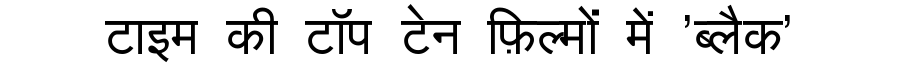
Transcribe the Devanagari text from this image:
टाइम की टॉप टेन फ़िल्मों में 'ब्लैक'